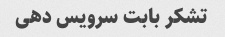
تشکر بابت سرویس دهی